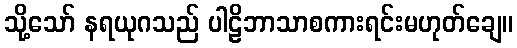
သို့သော် နရယုဂသည် ပါဠိဘာသာစကားရင်းမဟုတ်ချေ။